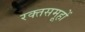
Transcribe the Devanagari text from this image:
रक्तसमूहों